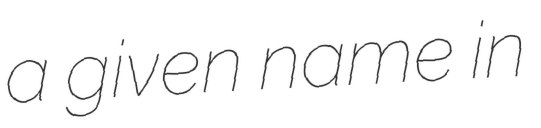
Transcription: a given name in